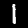
Digit: 1